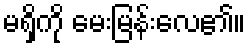
မရှိကို မေးမြန်းလေ၏။